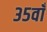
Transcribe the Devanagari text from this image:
३५वाँ